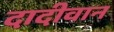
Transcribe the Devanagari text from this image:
दादीवान